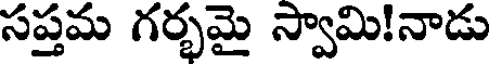
సప్తమ గర్భమై స్వామి!నాడు